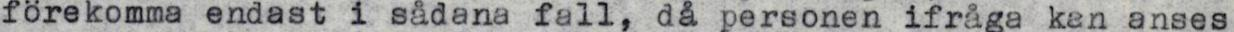
förekomma endast i sädana fall, då personen ifråga kan anses